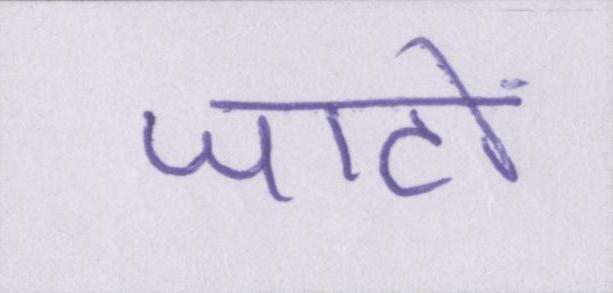
जाटों